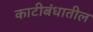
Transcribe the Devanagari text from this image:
काटीबंधातील